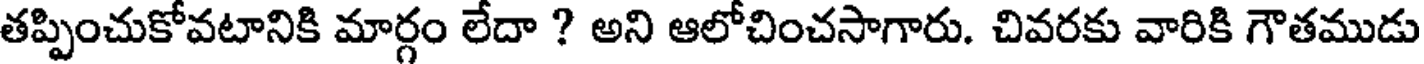
తప్పించుకోవటానికి మార్గం లేదా ? అని ఆలోచించసాగారు. చివరకు వారికి గౌతముడు